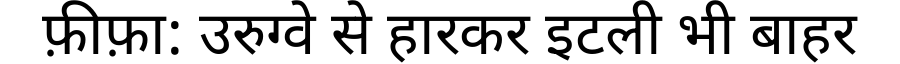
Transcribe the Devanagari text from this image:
फ़ीफ़ा: उरुग्वे से हारकर इटली भी बाहर